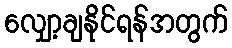
လျှော့ချနိုင်ရန်အတွက်